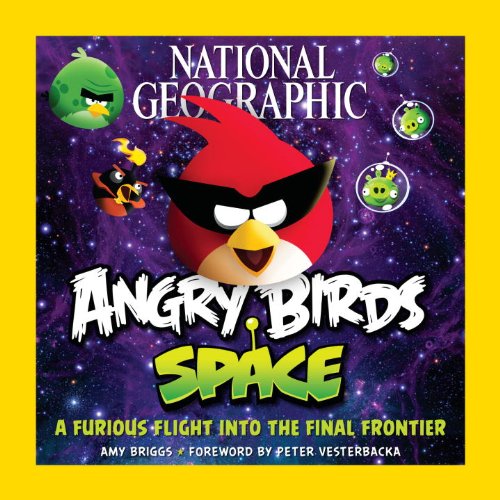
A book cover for National Geographic Angry Birds Space: A Furious Flight Into the Final Frontier; Amy Briggs; Science & Math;